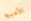
الأميره